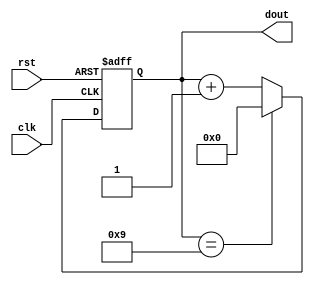
`timescale 1ns / 1ps
//////////////////////////////////////////////////////////////////////////////////
// Company: 
// Engineer: 
// 
// Design Name: 
// Module Name: BDC_counter
// Project Name: 
// Target Devices: 
// Tool Versions: 
// Description: 
// 
// Dependencies: 
// 
// Revision:
// Revision 0.01 - File Created
// Additional Comments:
// 
//////////////////////////////////////////////////////////////////////////////////


module BDC_counter(clk,rst,dout);
input clk;
input rst;
output [3:0] dout;

reg [3:0] dout;
always @(posedge clk or posedge rst)
begin
if(rst)
dout <= 4'b0000;
else if (dout == 4'b1001)
dout <=4'b0000;
else
dout <= dout +1;
end
endmodule